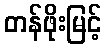
တန်ဖိုးမြင့်